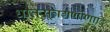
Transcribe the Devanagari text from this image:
धातुसूत्रगणोणादि